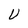
Character: U